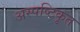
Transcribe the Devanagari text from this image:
अस्पष्टिकृत